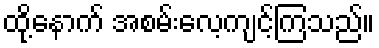
ထို့နောက် အစမ်းလေ့ကျင့်ကြသည်။